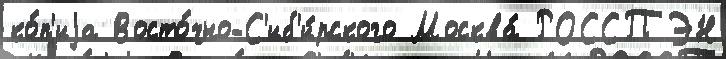
ко́п'иjа Восто́чно-С'иб'и́рского Москва́ РОССПЭН